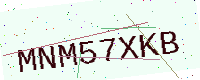
Text: MNM57XKB